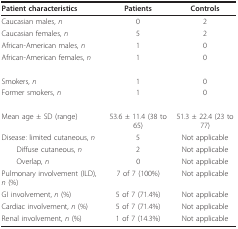
<table><thead><tr><td><b>Patient characteristics</b></td><td><b>Patients</b></td><td><b>Controls</b></td></tr></thead><tbody><tr><td>Caucasian males, <i>n</i></td><td>0</td><td>2</td></tr><tr><td>Caucasian females, <i>n</i></td><td>5</td><td>2</td></tr><tr><td>African-American males, <i>n</i></td><td>1</td><td>0</td></tr><tr><td>African-American females, <i>n</i></td><td>1</td><td>0</td></tr><tr><td>Smokers, <i>n</i></td><td>1</td><td>0</td></tr><tr><td>Former smokers, <i>n</i></td><td>1</td><td>0</td></tr><tr><td>Mean age ± SD (range)</td><td>53.6 ± 11.4 (38 to 65)</td><td>51.3 ± 22.4 (23 to 77)</td></tr><tr><td>Disease: limited cutaneous, <i>n</i></td><td>5</td><td>Not applicable</td></tr><tr><td> Diffuse cutaneous, <i>n</i></td><td>2</td><td>Not applicable</td></tr><tr><td> Overlap, <i>n</i></td><td>0</td><td>Not applicable</td></tr><tr><td>Pulmonary involvement (ILD), <i>n </i>(%)</td><td>7 of 7 (100%)</td><td>Not applicable</td></tr><tr><td>GI involvement, <i>n </i>(%)</td><td>5 of 7 (71.4%)</td><td>Not applicable</td></tr><tr><td>Cardiac involvement, <i>n </i>(%)</td><td>5 of 7 (71.4%)</td><td>Not applicable</td></tr><tr><td>Renal involvement, <i>n </i>(%)</td><td>1 of 7 (14.3%)</td><td>Not applicable</td></tr></tbody></table>